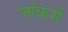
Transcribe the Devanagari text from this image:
जांकर्स